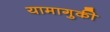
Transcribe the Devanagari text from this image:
यामागुकी